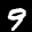
Label: 9